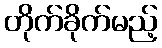
တိုက်ခိုက်မည့်